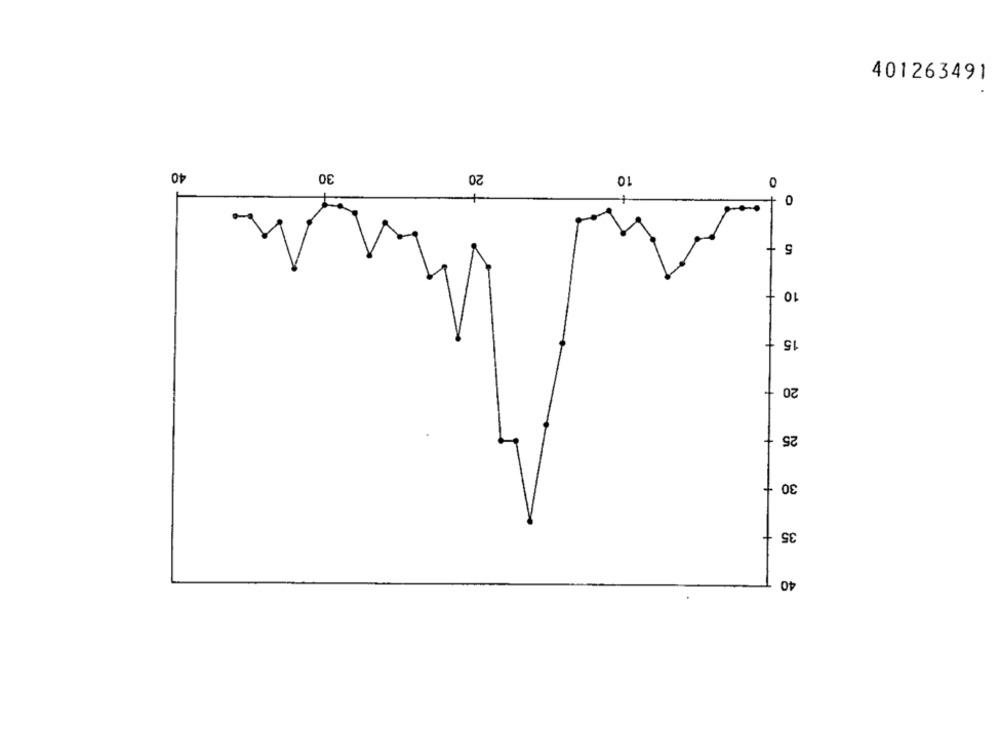
401263491
40
30
20
10
0
+
0
+
5
10
15
20
25
30
35
+
40